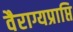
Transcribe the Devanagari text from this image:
वैराग्यप्राप्ति